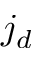
j _ { d }